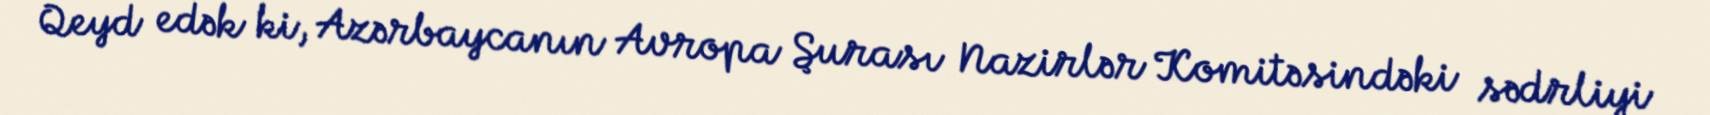
Qeyd edək ki, Azərbaycanın Avropa Şurası Nazirlər Komitəsindəki sədrliyi